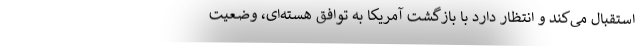
استقبال می‌کند و انتظار دارد با بازگشت آمریکا به توافق هسته‌ای، وضعیت